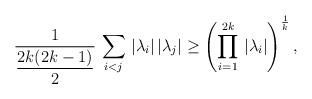
LaTeX: \begin{align*}\frac{1}{\displaystyle{\frac{2k(2k-1)}{2}}}\,\sum\limits_{i<j}\,|\lambda_i|\,|\lambda_j|\geq \left(\prod^{2k}_{i=1}\,|\lambda_i|\right)^{\frac{1}{k}},\end{align*}